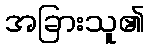
အခြားသူ၏